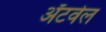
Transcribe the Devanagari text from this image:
अॅटवेल